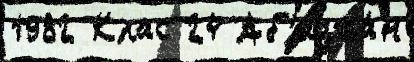
1982 Клас 24 Аб'иджа́н